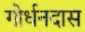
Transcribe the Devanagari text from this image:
गोर्धनदास